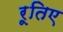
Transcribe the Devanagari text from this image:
रूतिए